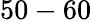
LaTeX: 50-60